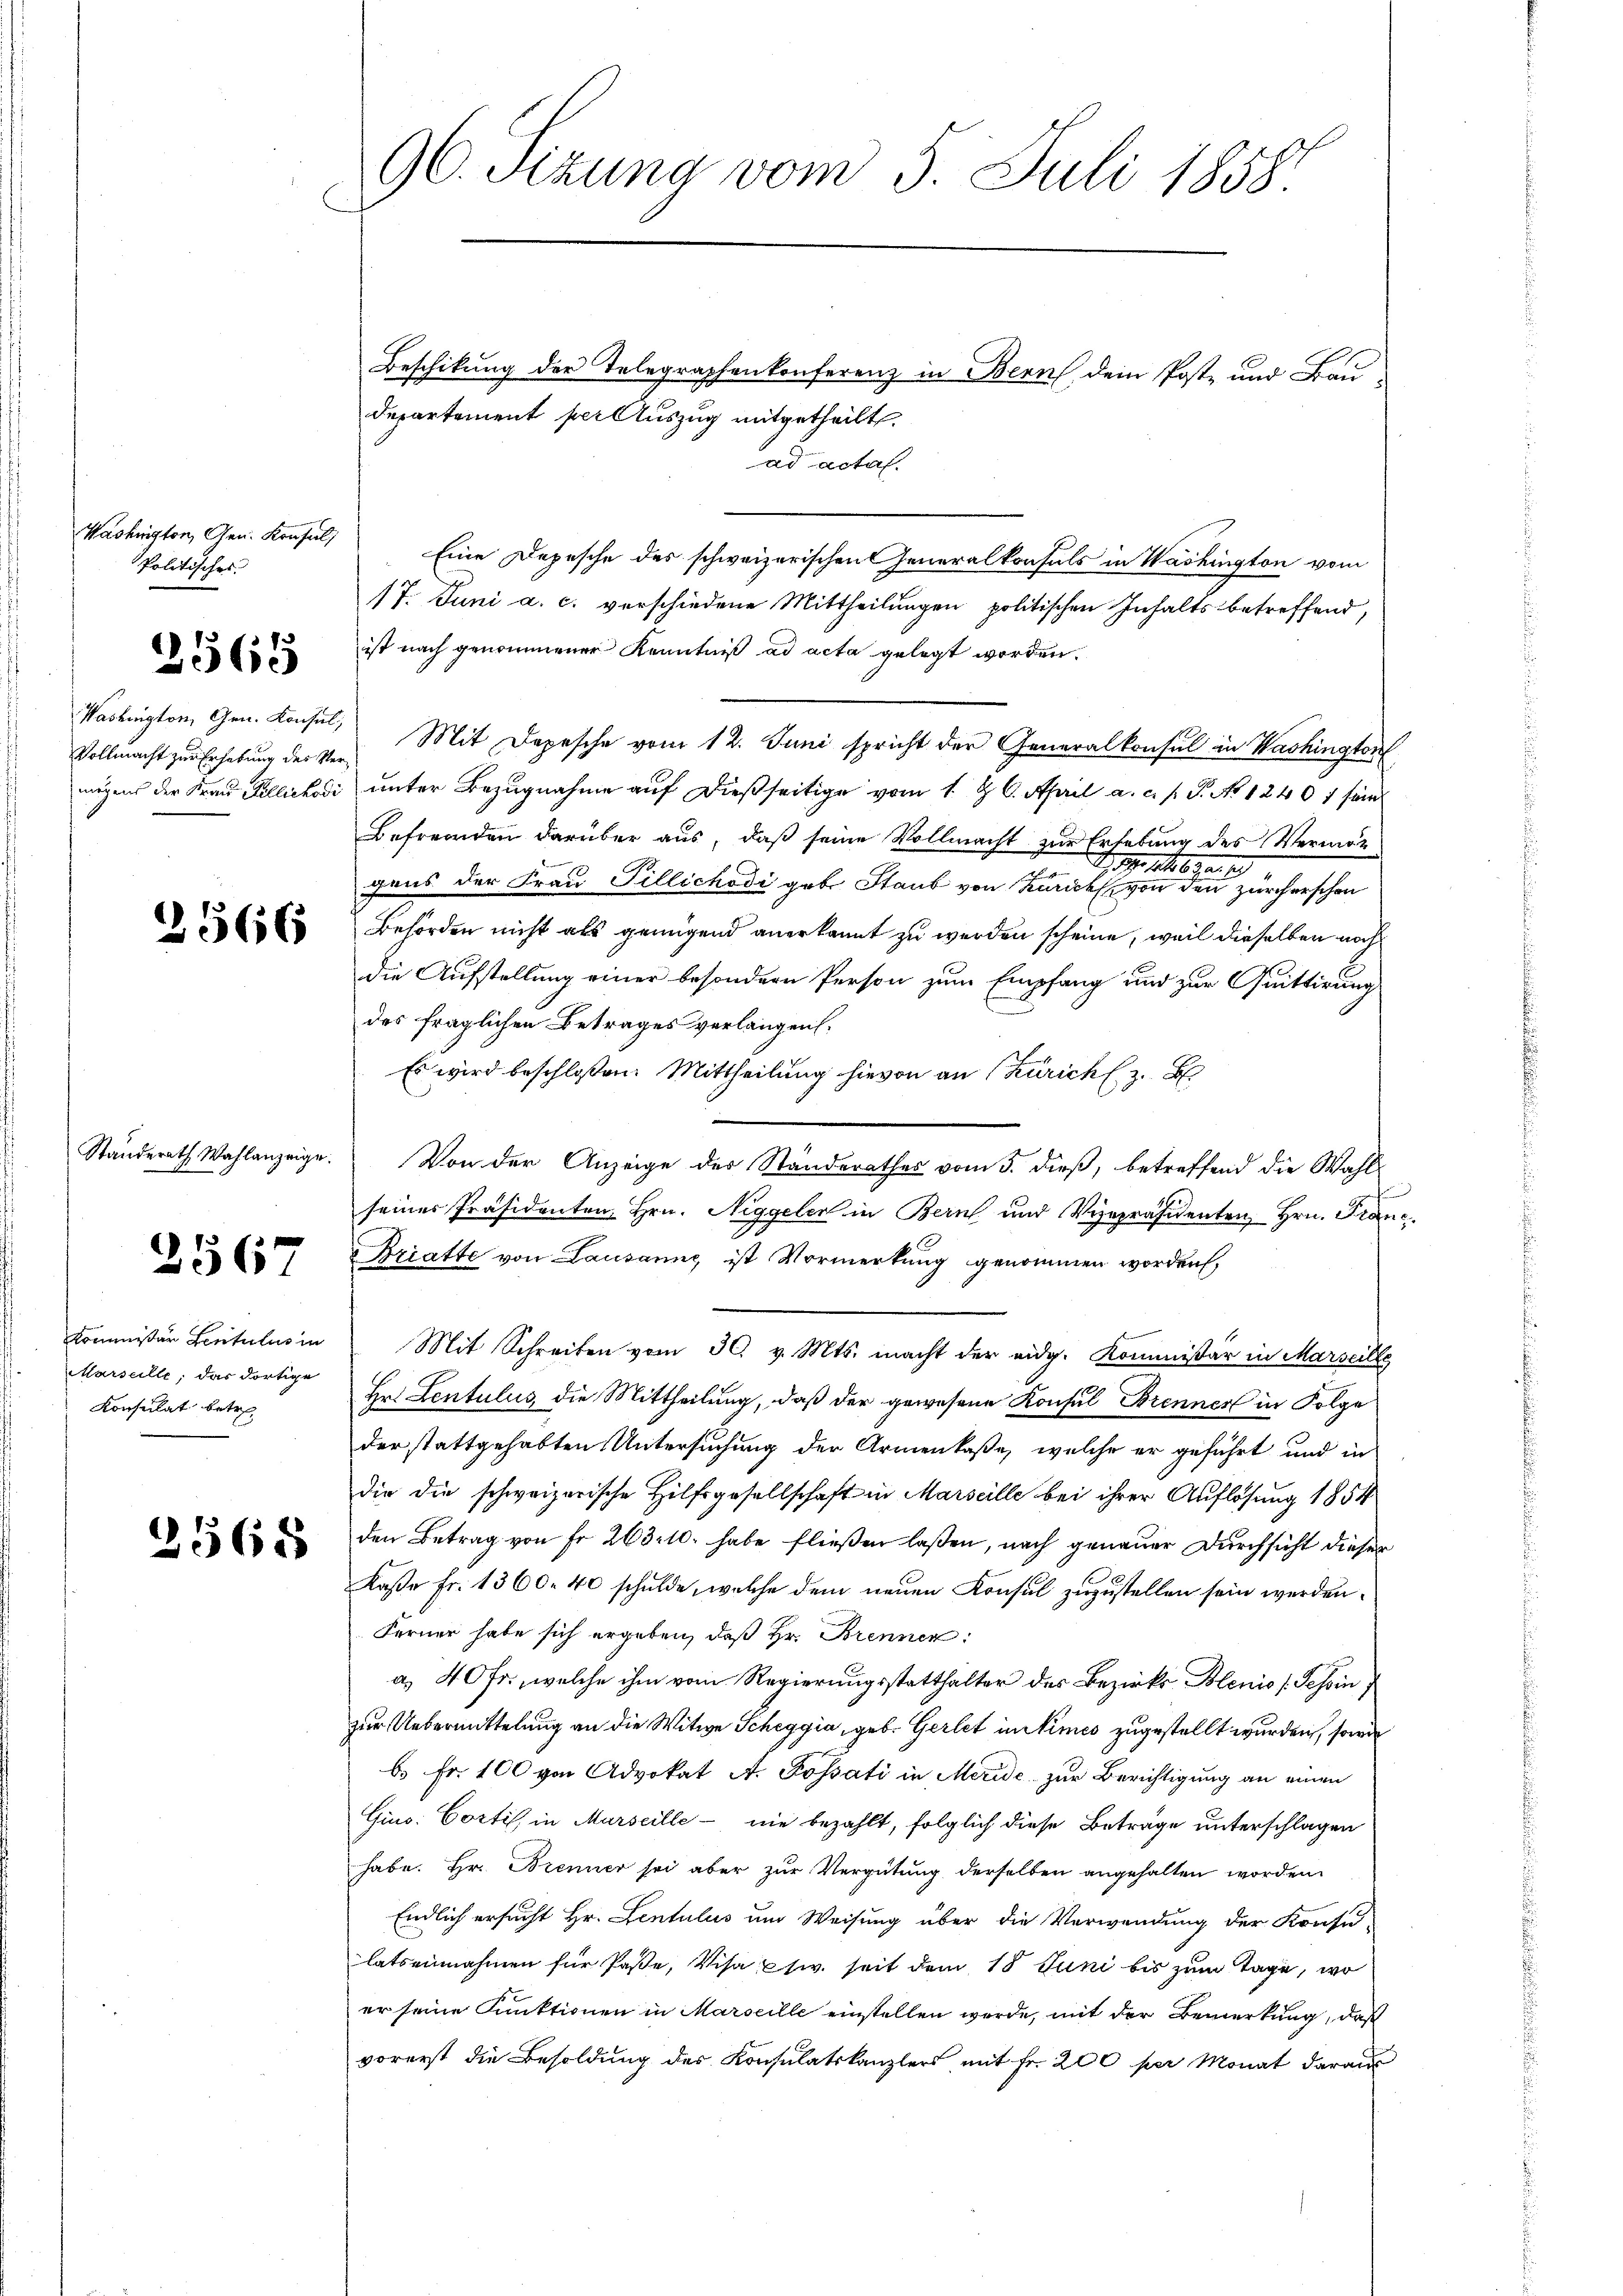
Washington, Gen. Konfel
Politisches

2565

Vollmacht zur Erhebung des Ver¬

2566

Standerath Wahlanzeige.

2567

Kommissär Lentulis in
Marseille, das dortige
Konsulat betre

3568

96. Sizung vom 5. Juli 1858.

Beschikung der Telegraphenkonferenz in Bern, dem Post- und Bau
Departement per Auszug mitgetheilt.
ad acta.
Eine Depesche des schweizerischen Generalkonsuls in Washington vom
17. Juni a. c. verschiedene Mittheilungen politischen Inhalts betreffend,
ist nach genommener Kenntniß ad acta gelegt worden.
Washington, Gen. Konsul, Mit Depesche vom 12. Juni spricht der Generalkonsul in Washington
mögens der Frau Pillichodi unter Bezugnahme auf dießseitige vom 1. d. 6. April a. c. s. P. No 1240 f sein
Befremden darüber aus, daß seine Vollmacht zur Erhebung des Vermög
.11.19486. 91. 19
2
gens der Frau Tillichodi geb. Staub von Zürich von den zürcherschon
Behörden nicht als genügend anerkannt zu werden scheine, weil dieselben noch
die Aufstellung einer besondern Person zum Empfang und zur Quittirung
des fraglichen Betrages verlangen.
Es wird beschloßen: Mittheilung hievon an (Zürich z. B.
Von der Anzeige der Ständerathes vom 5. dieß, betreffend die Wahl-
seiner Präsidenten Hrn. Niggeler in Bern und Vizepräsidenten Hrn. Franc
Briatte von Lausanne ist Vormerkung genommen worden,
Mit Schreiben vom 30. v. Mts. macht der eidg. Kommissär in Marseille
Hr. Lentulus, die Mittheilung, daß der gewesene Konsul Brenner in Folge
der stattgehabten Untersuchung der Armenkaße, welche er geführt und in
die die schweizerische Hilfsgesellschaft in Marseille bei ihrer Auflösung 1854
den Betrag von Fr. 263. 10. habe fließen laßen, nach genauer Durchsicht dieser
Kaße Fr. 1360. 40 schulde, welche dem neuen Konsul zuzustellen sein werden.
Ferner habe sich ergeben, daß Hr. Brennen:
a. 40 fr., welche ihm vom Regierungsstatthalter des Bezirks Blenio (Tessin
zur Uebermittelung an die Witwe Scheggia, geb. Gerlet in Simes zugestellt wurden, sowie
b. Fr. 100 von Advokat A. Possati in Meride zur Berichtigung an einen
Gins: Cortis, in Murseille nie bezahlt, folglich diese Beträge unterschlagen
habe. Hr. Brenner sei aber zur Vergütung derselben angehalten worden.
Endlich ersucht Hr. Lentulus um Weisung über die Verwendung der Krafe
latseinahmen für Paße, Visa Ew. seit dem 18 Juni bis zum Tage, wo
er seine Funktionen in Marseille einstellen werde, mit der Bemerkung, daß
vorerst die Besoldung des Konsulatskanzlers mit Fr. 200 per Monat daraus